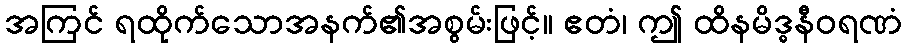
အကြင် ရထိုက်သောအနက်၏အစွမ်းဖြင့်။ ဧတံ၊ ဤ ထိနမိဒ္ဓနီဝရဏံ